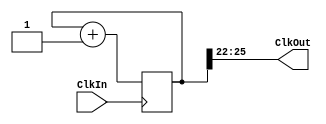
`timescale 1ns / 1ps
`default_nettype none

module clock_divider (ClkOut, ClkIn);
  // Output port needs to be a reg because we will drive it with
  // a behavioral statement
  output wire [3:0] ClkOut;
  input wire ClkIn; // wires can drive regs

  // This is is a parameter that
  // can be changed at compile time.
  parameter n = 26;

  // Count bit width is based on n
  reg [n-1:0] Count;

  // Simple behavioral construct to describe a counter
  always @ ( posedge ClkIn ) begin
    Count <= Count + 1;
  end

  // Now we need to wire up our ClkOut which is a 4-bit wire
  // Wire up to most signficant bit
  assign ClkOut[3:0] = Count[n-1:n-4];

endmodule // clock_divider